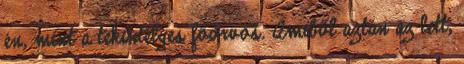
én, mint a tekintélyes főorvos. Amiből aztán az lett,